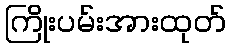
ကြိုးပမ်းအားထုတ်